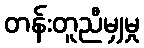
တန်းတူညီမျှမှု